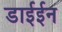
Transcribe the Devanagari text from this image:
डाईईन